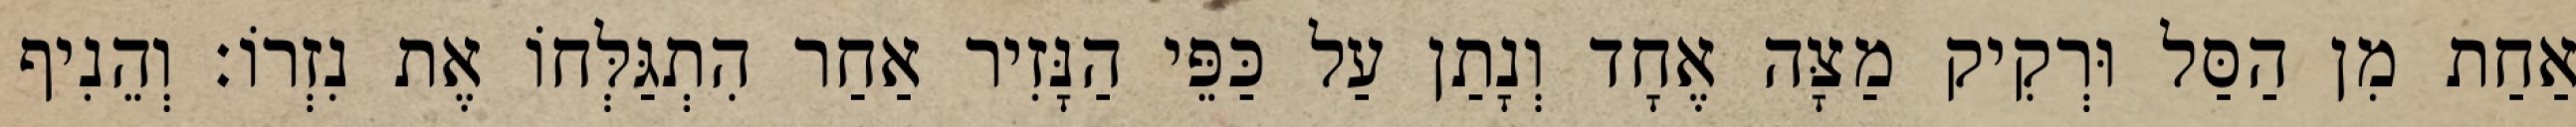
אַחַת מִן הַסַּל וּרְקִיק מַצָּה אֶחָד וְנָתַן עַל כַּפֵּי הַנָּזִיר אַחַר הִתְגַּלְּחוֹ אֶת נִזְרוֹ׃ וְהֵנִיף